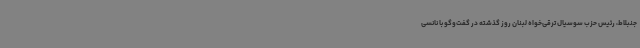
جنبلاط، رئیس حزب سوسیال ترقی‌خواه لبنان روز گذشته در گفت‌وگو با نانسی